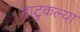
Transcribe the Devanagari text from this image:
नाटुकल्या